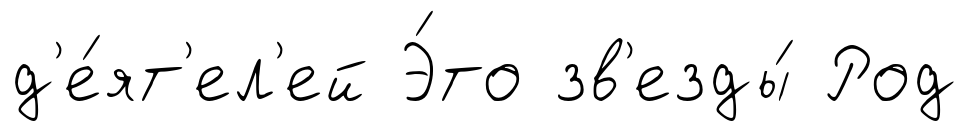
д'е́ят'ел'ей Э́то зв'езды́ Род